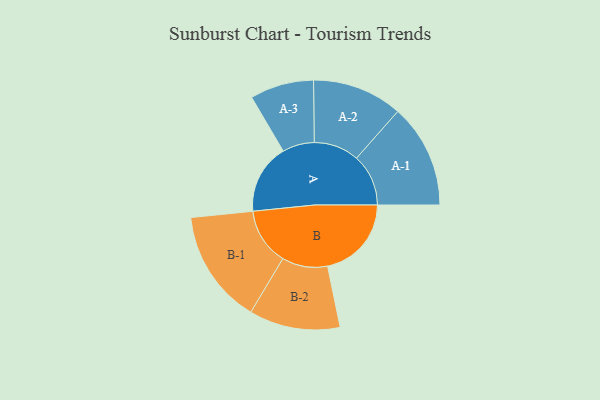
{"axis": {"x": "Segment", "y": "Value"}, "legend": ["", "A", "B"], "data": [{"x": "A", "y": 339, "type": ""}, {"x": "B", "y": 407, "type": ""}, {"x": "A-1", "y": 252, "type": "A"}, {"x": "A-2", "y": 219, "type": "A"}, {"x": "A-3", "y": 155, "type": "A"}, {"x": "B-1", "y": 277, "type": "B"}, {"x": "B-2", "y": 221, "type": "B"}]}